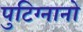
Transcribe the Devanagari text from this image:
पुटिग्नानो